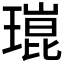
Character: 𤨾